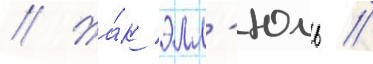
// Жа́к элл'юль //